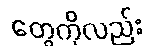
တွေကိုလည်း